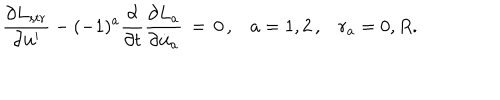
LaTeX: \frac { \partial L _ { s t r } } { \partial { \bf u } ^ { \prime } } - ( - 1 ) ^ { a } \frac { \partial } { \partial t } \frac { \partial L _ { a } } { \partial \dot { \bf u } _ { a } } \, = \, 0 \, { , } \quad a = 1 , 2 \, { , } \quad r _ { a } = 0 , R .